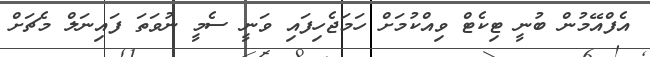
އެފްއޭމުން ބުނީ ޓިކެޓް ވިއްކުމަށް ހަމަޖެހިފައި ވަނީ ސެމީ ނުވަތަ ފަައިނަލް މެޗަށް